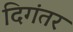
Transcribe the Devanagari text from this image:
दिगंतर